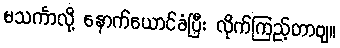
မသင်္ကာလို့ နောက်ယောင်ခံပြီး လိုက်ကြည့်တာဗျ။